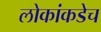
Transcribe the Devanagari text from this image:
लोकांकडेच